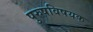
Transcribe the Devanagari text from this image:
पुरुषविषयक